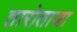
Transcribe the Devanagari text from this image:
तारोताजा